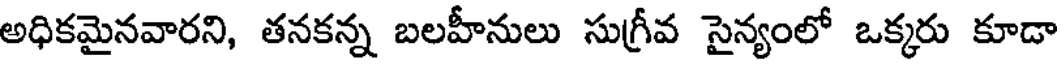
అధికమైనవారని, తనకన్న బలహీనులు సుగ్రీవ సైన్యంలో ఒక్కరు కూడా